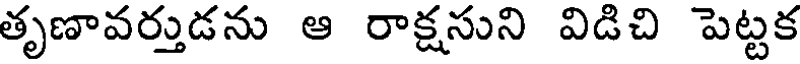
తృణావర్తుడను ఆ రాక్షసుని విడిచి పెట్టక